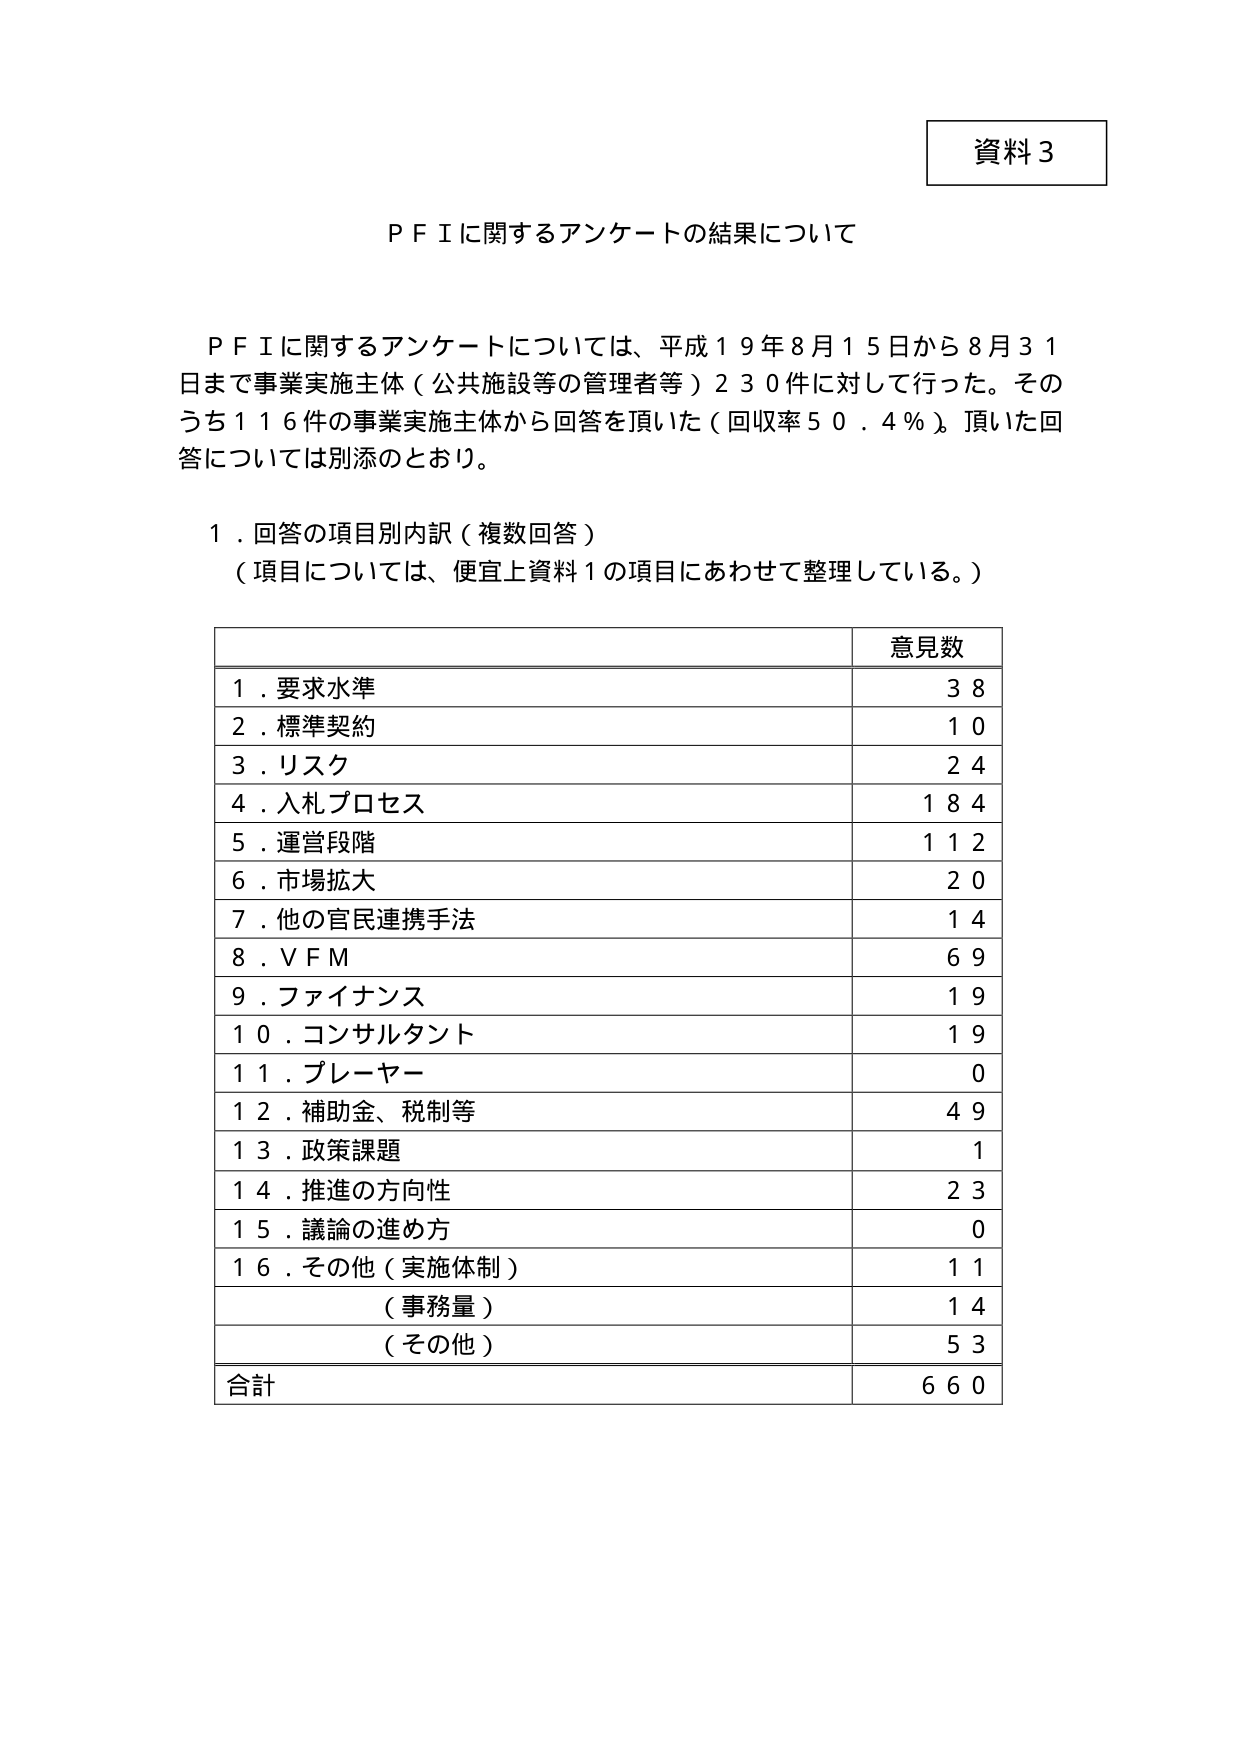
資料3

ＰＦＩに関するアンケートの結果について

ＰＦＩに関するアンケートについては、平成１９年８月１５日から８月３１日まで事業実施主体（公共施設等の管理者等）２３０件に対して行った。そのうち１１６件の事業実施主体から回答を頂いた（回収率５０．４％）。頂いた回答については別添のとおり。

１．回答の項目別内訳（複数回答）
（項目については、便宜上資料１の項目にあわせて整理している。）

| | 意見数 |
|---|---|
| １．要求水準 | ３８ |
| ２．標準契約 | １０ |
| ３．リスク | ２４ |
| ４．入札プロセス | １８４ |
| ５．運営段階 | １１２ |
| ６．市場拡大 | ２０ |
| ７．他の官民連携手法 | １４ |
| ８．ＶＦＭ | ６９ |
| ９．ファイナンス | １９ |
| １０．コンサルタント | １９ |
| １１．プレーヤー | ０ |
| １２．補助金、税制等 | ４９ |
| １３．政策課題 | １ |
| １４．推進の方向性 | ２３ |
| １５．議論の進め方 | ０ |
| １６．その他（実施体制） | １１ |
| （事務量） | １４ |
| （その他） | ５３ |
| 合計 | ６６０ |